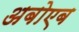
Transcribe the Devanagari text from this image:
अबोएब